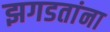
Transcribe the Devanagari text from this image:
झगडतांना